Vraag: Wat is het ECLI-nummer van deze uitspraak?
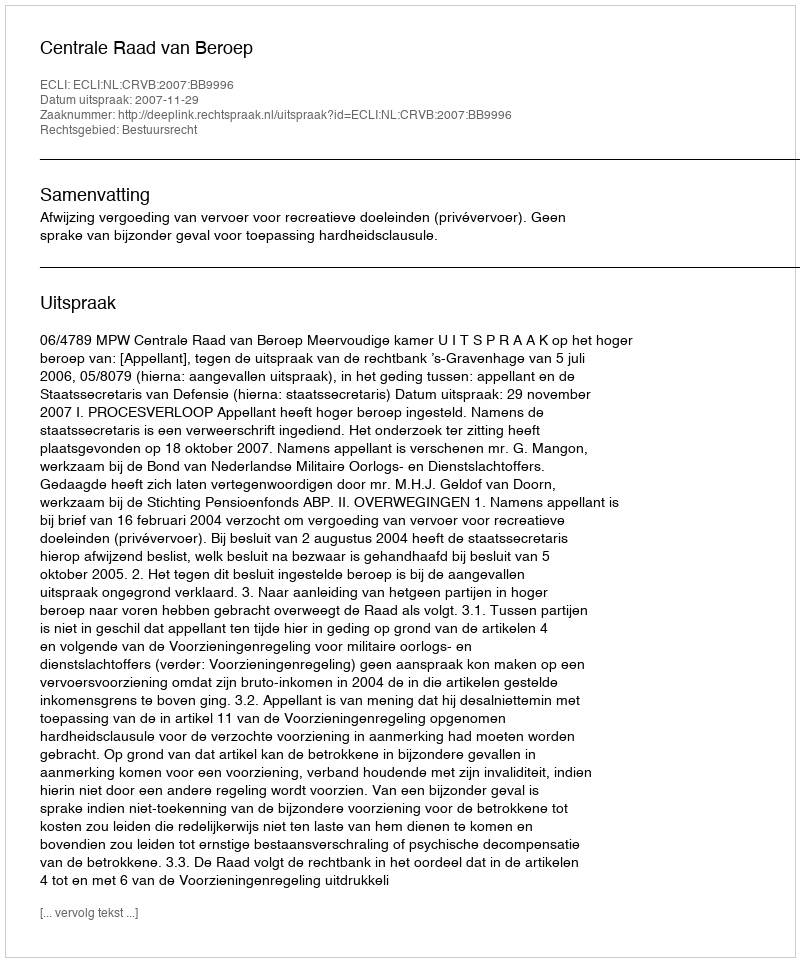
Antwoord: ECLI:NL:CRVB:2007:BB9996